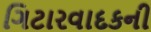
ગિટારવાદકની